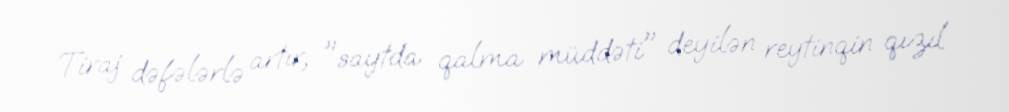
Tiraj dəfələrlə artır, "saytda qalma müddəti" deyilən reytinqin qızıl